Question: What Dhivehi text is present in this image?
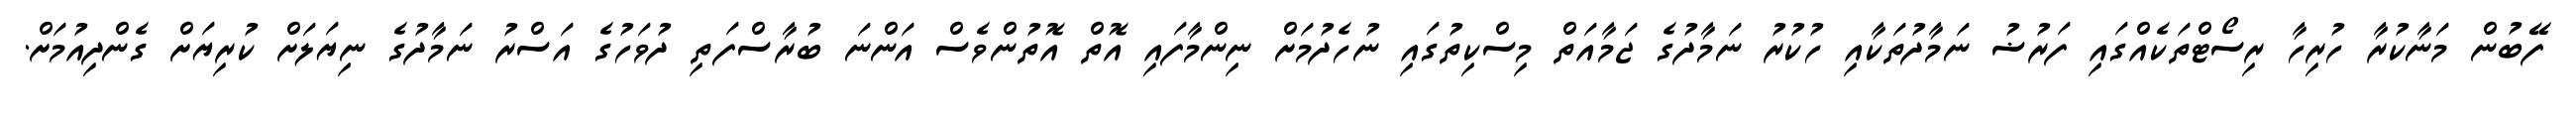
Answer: ފޭބުން މަނާކުރާ ހުރިހާ ރިސޯޓްތަކެއްގައި ފަރުޟު ނަމާދުތަކާއި ހުކުރު ނަމާދުގެ ޖަމާއަތް މިސްކިތުގައި ނުހެދުމަށް ނިންމާފައި އޮތް އޮތުންވެސް އަންނަ ބުރާސްފަތި ދުވަހުގެ އަސްރު ނަމާދުގެ ނިޔަލަށް ކުރިޔަށް ގެންދިއުމަށް.